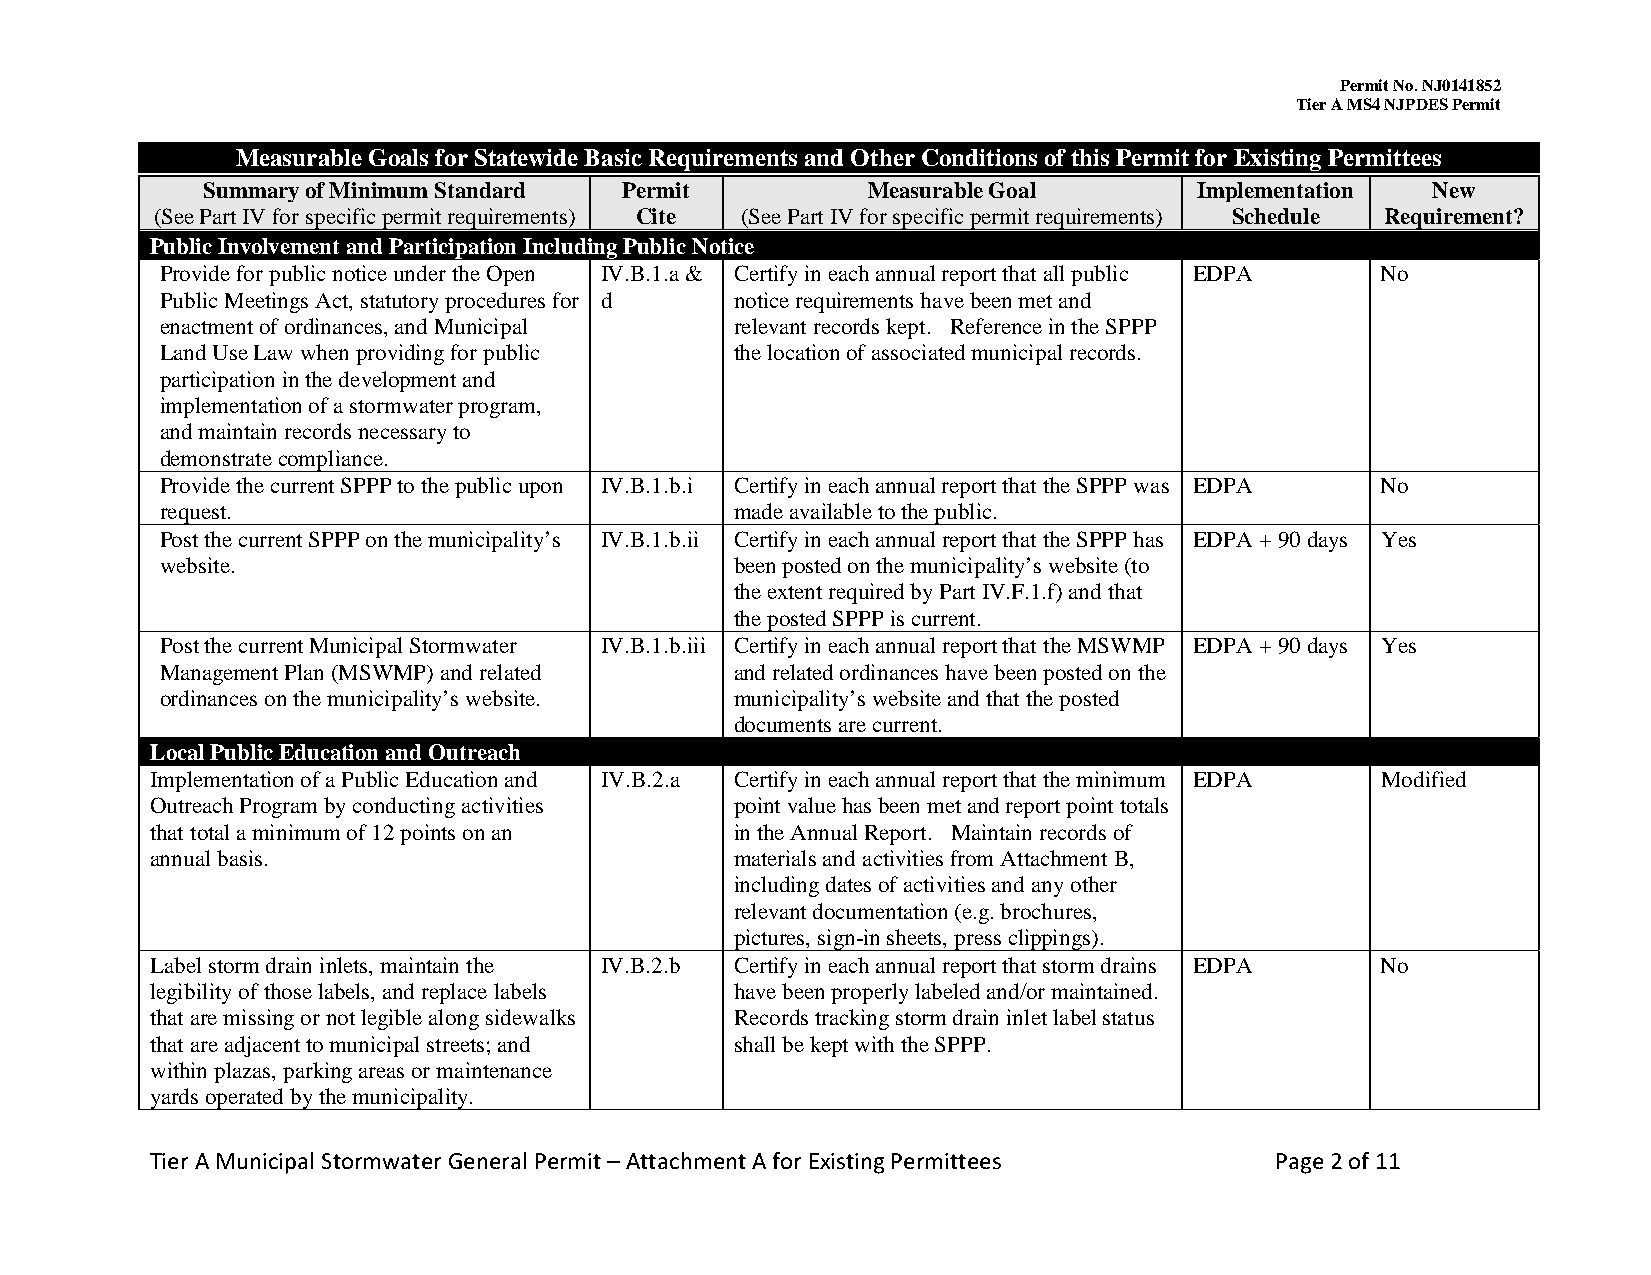
Permit No. NJ0141852
 Tier A MS4 NJPDES Permit
 Measurable Goals for Statewide Basic Requirements and Other Conditions of this Permit for Existing Permittees
 Summary of Minimum Standard Permit          Measurable Goal       Implementation  New
 (See Part IV for specific permit requirements) Cite (See Part IV for specific permit requirements) Schedule Requirement?
 Public Involvement and Participation Including Public Notice
 Provide for public notice under the Open IV.B.1.a & Certify in each annual report that all public EDPA No
 Public Meetings Act, statutory procedures for d notice requirements have been met and
 enactment of ordinances, and Municipal relevant records kept. Reference in the SPPP
 Land Use Law when providing for public the location of associated municipal records.
 participation in the development and
 implementation of a stormwater program,
 and maintain records necessary to
 demonstrate compliance.
 Provide the current SPPP to the public upon IV.B.1.b.i Certify in each annual report that the SPPP was EDPA No
 request.                              made available to the public.
 Post the current SPPP on the municipality’s IV.B.1.b.ii Certify in each annual report that the SPPP has EDPA + 90 days Yes
 website.                              been posted on the municipality’s website (to
 the extent required by Part IV.F.1.f) and that
 the posted SPPP is current.
 Post the current Municipal Stormwater IV.B.1.b.iii Certify in each annual report that the MSWMP EDPA + 90 days Yes
 Management Plan (MSWMP) and related   and related ordinances have been posted on the
 ordinances on the municipality’s website. municipality’s website and that the posted
 documents are current.
 Local Public Education and Outreach
 Implementation of a Public Education and IV.B.2.a Certify in each annual report that the minimum EDPA Modified
 Outreach Program by conducting activities point value has been met and report point totals
 that total a minimum of 12 points on an in the Annual Report. Maintain records of
 annual basis.                          materials and activities from Attachment B,
 including dates of activities and any other
 relevant documentation (e.g. brochures,
 pictures, sign-in sheets, press clippings).
 Label storm drain inlets, maintain the IV.B.2.b Certify in each annual report that storm drains EDPA No
 legibility of those labels, and replace labels have been properly labeled and/or maintained.
 that are missing or not legible along sidewalks Records tracking storm drain inlet label status
 that are adjacent to municipal streets; and shall be kept with the SPPP.
 within plazas, parking areas or maintenance
 yards operated by the municipality.
 Tier A Municipal Stormwater General Permit – Attachment A for Existing Permittees Page 2 of 11